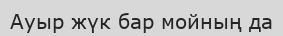
Ауыр жүк бар мойның да